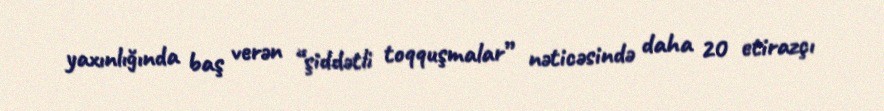
yaxınlığında baş verən “şiddətli toqquşmalar” nəticəsində daha 20 etirazçı